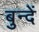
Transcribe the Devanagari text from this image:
बुन्दें